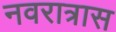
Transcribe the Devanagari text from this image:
नवरात्रास